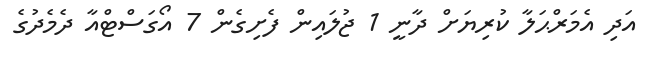
އަދި އެމަރްޙަލާ ކުރިޔަށް ދާނީ 1 ޖުލައިން ފެށިގެން 7 އޯގަސްޓްއާ ދެމެދުގެ